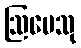
ဩမေသု